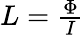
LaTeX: \begin{array}{r}{L=\frac{\Phi}{I}}\end{array}